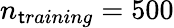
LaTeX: n_{\mathsf{t}raining}=500